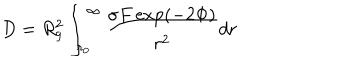
LaTeX: D = R _ { g } ^ { 2 } \int _ { r _ { 0 } } ^ { \infty } \frac { \sigma F \exp ( - 2 \Phi ) } { r ^ { 2 } } d r